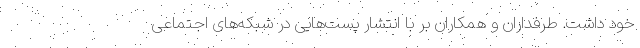
خود داشت. طرفداران و همکاران بر با انتشار پست‌هایی در شبکه‌های اجتماعی